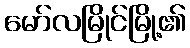
မော်လမြိုင်မြို့၏